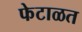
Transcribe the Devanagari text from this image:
फेटाळत